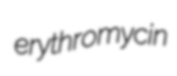
erythromycin